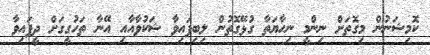
ކޮމިޝަނުން މިގޮތަށް ނިންމީ ނިހާޔަތާ ގުޅޭގޮތުން ލިބިފައިވާ ޝަކުވާއާއި އޭނާ ތަހުގީގަށް ދީފައިވާ